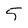
Character: 5